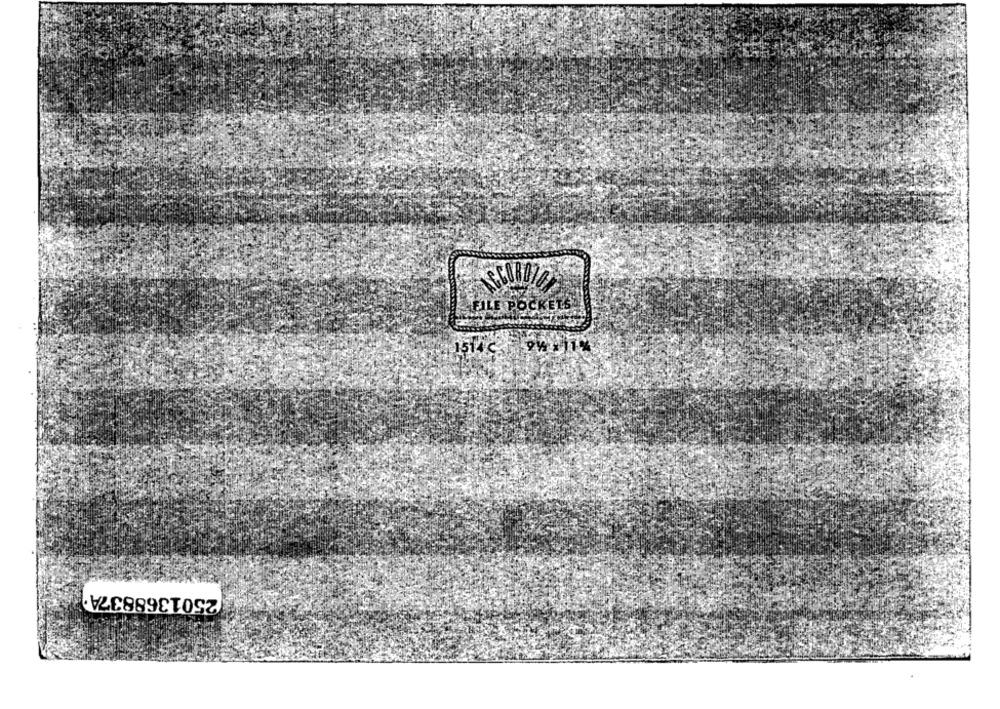
FILE POCKETS
1514 C
2501368837A